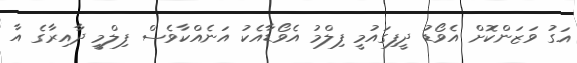
އަގު ވަޒަންކޮށް އެވޯޑު ދީފިގައުމީ ފިލްމު އެވޯޑާއެކު އަނެއްކާވެސް ފިލްމީ ދާއިރާގެ އާ